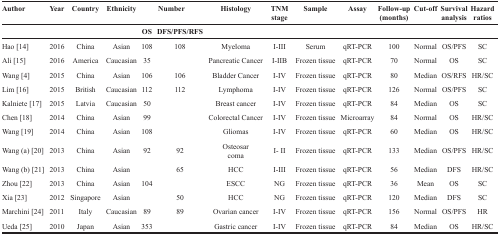
| Author | Year | Country | Ethnicity | <COLSPAN=2> Number | Histology | TNM stage | Sample | Assay | Follow-up (months) | Cut-off | Survival analysis | Hazard ratios |
 |  |  |  |  | OS | DFS/PFS/RFS |  |  |  |  |  |  |  |  |
 | --- | --- | --- | --- | --- | --- | --- | --- | --- | --- | --- | --- | --- | --- |
 | Hao [14] | 2016 | China | Asian | 108 | 108 | Myeloma | I-III | Serum | qRT-PCR | 100 | Normal | OS/PFS | SC |
 | Ali [15] | 2016 | America | Caucasian | 35 |  | Pancreatic Cancer | I-IIB | Frozen tissue | qRT-PCR | 70 | Normal | OS | SC |
 | Wang [4] | 2015 | China | Asian | 106 | 106 | Bladder Cancer | I-IV | Frozen tissue | qRT-PCR | 80 | Median | OS/RFS | HR/SC |
 | Lim [16] | 2015 | British | Caucasian | 112 | 112 | Lymphoma | I-IV | Frozen tissue | qRT-PCR | 126 | Normal | OS/PFS | SC |
 | Kalniete [17] | 2015 | Latvia | Caucasian | 50 |  | Breast cancer | I-IV | Frozen tissue | qRT-PCR | 84 | Median | OS | SC |
 | Chen [18] | 2014 | China | Asian | 99 |  | Colorectal Cancer | I-IV | Frozen tissue | Microarray | 84 | Normal | OS | HR/SC |
 | Wang [19] | 2014 | China | Asian | 108 |  | Gliomas | I-IV | Frozen tissue | qRT-PCR | 60 | Median | OS | HR/SC |
 | Wang (a) [20] | 2013 | China | Asian | 92 | 92 | Osteosarcoma | I- II | Frozen tissue | qRT-PCR | 133 | Median | OS/PFS | HR/SC |
 | Wang (b) [21] | 2013 | China | Asian |  | 65 | HCC | I-III | Frozen tissue | qRT-PCR | 56 | Median | DFS | HR/SC |
 | Zhou [22] | 2013 | China | Asian | 104 |  | ESCC | NG | Frozen tissue | qRT-PCR | 36 | Mean | OS | SC |
 | Xia [23] | 2012 | Singapore | Asian |  | 50 | HCC | NG | Frozen tissue | qRT-PCR | 120 | Median | DFS | SC |
 | Marchini [24] | 2011 | Italy | Caucasian | 89 | 89 | Ovarian cancer | I-IV | Frozen tissue | qRT-PCR | 156 | Normal | OS/PFS | HR |
 | Ueda [25] | 2010 | Japan | Asian | 353 |  | Gastric cancer | I-IV | Frozen tissue | qRT-PCR | 84 | Median | OS | HR/SC |